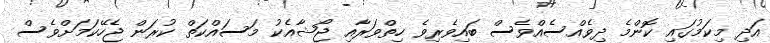
އަދި މިކަމުގައި ކޮންމެ ދިވެއްސެއްވެސް ބައިވެރިވެ ހިތްވަރާއި ޖޯޝާއެކު މަސައްކަތް ކުރަން ޖެހޭކަމަށްވެސް